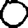
Digit: 0